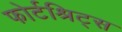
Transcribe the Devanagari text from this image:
फोर्टश्रिट्स